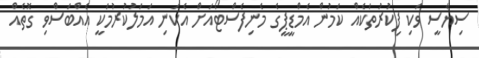
ސިޔާސީ ވަކި ފިކުރުތަކެއް ކަމުން އެމްޑީޕީގެ މެނިފެސްޓޯއަށް އެކަނި އަމަލުކުރުމަކީ އެއްބަސްވި ގޮތެއް